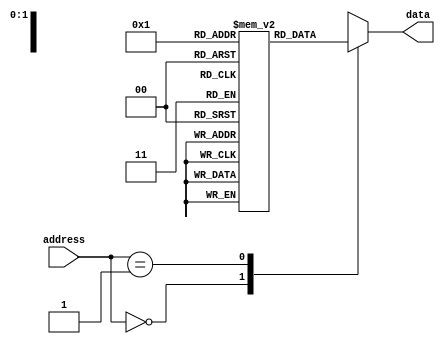
module OTP_ROM(
    input wire [7:0] address,
    output reg [7:0] data
);

parameter MEM_SIZE = 256; // Size of memory array
reg [7:0] memory [0:MEM_SIZE-1]; // Memory array

// Initialize memory contents (to be completed during manufacturing)
initial begin
    memory[0] = 8'b00000000;
    memory[1] = 8'b00000001;
    // Add remaining memory contents here
end

// Address decoding logic
always @* begin
    case(address)
        8'b00000000: data <= memory[0];
        8'b00000001: data <= memory[1];
        // Add additional cases for remaining memory locations
        default: data <= 8'bx; // Default case for invalid addresses
    endcase
end

endmodule